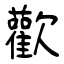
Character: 歡